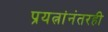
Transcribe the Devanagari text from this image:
प्रयत्नांनंतरही